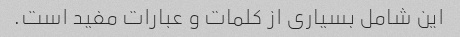
این شامل بسیاری از کلمات و عبارات مفید است.